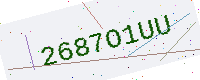
Text: 2687O1UU